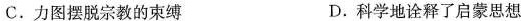
C.力图摆脱宗教的束缚 D.科学地诠释了启蒙思想